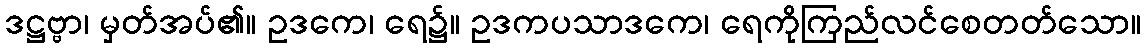
ဒဋ္ဌဗ္ဗာ၊ မှတ်အပ်၏။ ဥဒကေ၊ ရေ၌။ ဥဒကပသာဒကေ၊ ရေကိုကြည်လင်စေတတ်သော။